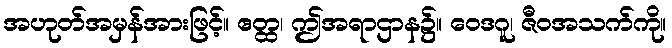
အဟုတ်အမှန်အားဖြင့်။ ဧတ္ထ၊ ဤအရာဌာန၌။ ဝေဒဂူ၊ ဇီဝအသက်ကို။